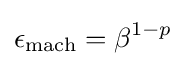
\epsilon _{\text{mach}}=\beta ^{1-p}